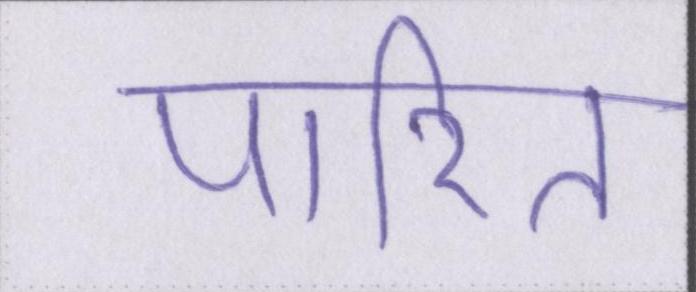
पारित